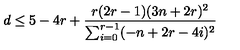
d \leq 5 - 4 r + \frac { r ( 2 r - 1 ) ( 3 n + 2 r ) ^ { 2 } } { \sum _ { i = 0 } ^ { r - 1 } ( - n + 2 r - 4 i ) ^ { 2 } }